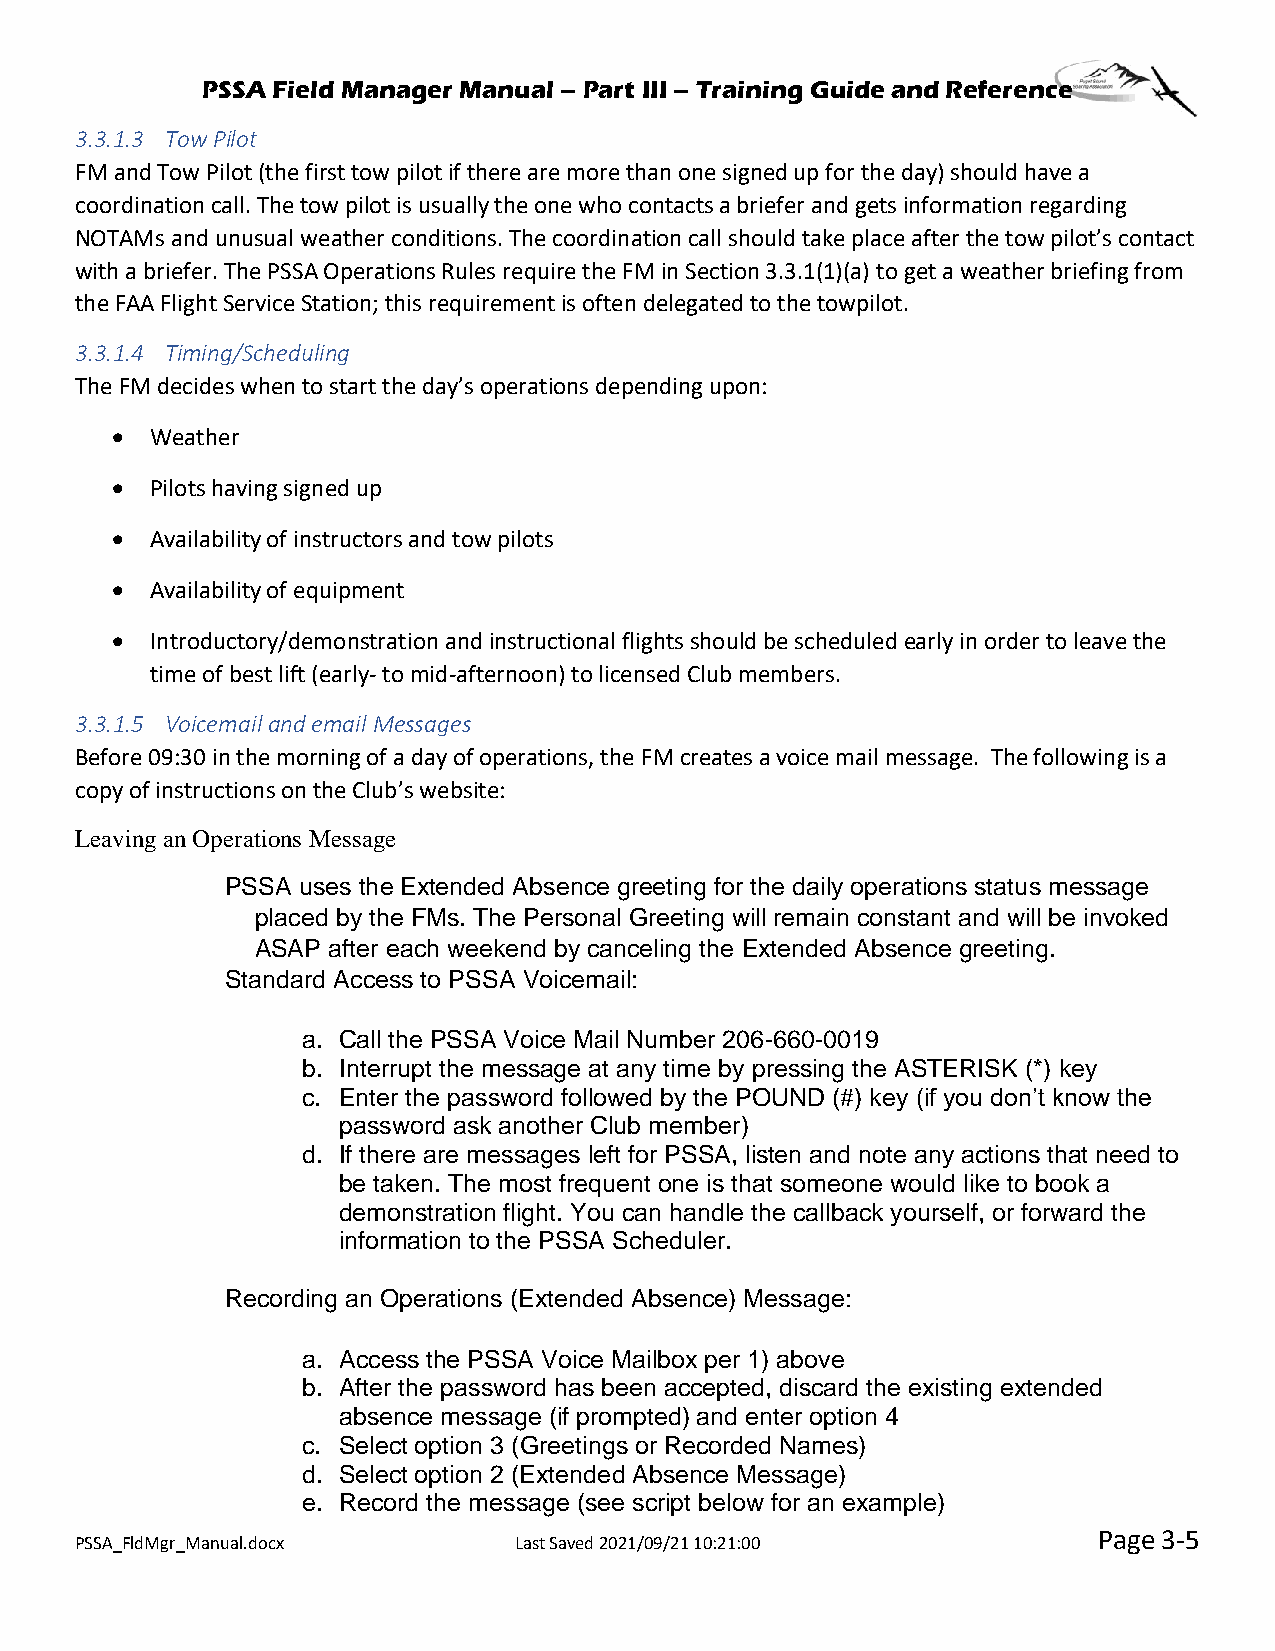
PSSA Field Manager Manual – Part III – Training Guide and Reference
 3.3.1.3 Tow Pilot
 FM and Tow Pilot (the first tow pilot if there are more than one signed up for the day) should have a
 coordination call. The tow pilot is usually the one who contacts a briefer and gets information regarding
 NOTAMs and unusual weather conditions. The coordination call should take place after the tow pilot’s contact
 with a briefer. The PSSA Operations Rules require the FM in Section 3.3.1(1)(a) to get a weather briefing from
 the FAA Flight Service Station; this requirement is often delegated to the towpilot.
 3.3.1.4 Timing/Scheduling
 The FM decides when to start the day’s operations depending upon:
 •  Weather
 •  Pilots having signed up
 •  Availability of instructors and tow pilots
 •  Availability of equipment
 •  Introductory/demonstration and instructional flights should be scheduled early in order to leave the
 time of best lift (early- to mid-afternoon) to licensed Club members.
 3.3.1.5 Voicemail and email Messages
 Before 09:30 in the morning of a day of operations, the FM creates a voice mail message. The following is a
 copy of instructions on the Club’s website:
 Leaving an Operations Message
 PSSA uses the Extended Absence greeting for the daily operations status message
 placed by the FMs. The Personal Greeting will remain constant and will be invoked
 ASAP after each weekend by canceling the Extended Absence greeting.
 Standard Access to PSSA Voicemail:
 a. Call the PSSA Voice Mail Number 206-660-0019
 b. Interrupt the message at any time by pressing the ASTERISK (*) key
 c. Enter the password followed by the POUND (#) key (if you don’t know the
 password ask another Club member)
 d. If there are messages left for PSSA, listen and note any actions that need to
 be taken. The most frequent one is that someone would like to book a
 demonstration flight. You can handle the callback yourself, or forward the
 information to the PSSA Scheduler.
 Recording an Operations (Extended Absence) Message:
 a. Access the PSSA Voice Mailbox per 1) above
 b. After the password has been accepted, discard the existing extended
 absence message (if prompted) and enter option 4
 c. Select option 3 (Greetings or Recorded Names)
 d. Select option 2 (Extended Absence Message)
 e. Record the message (see script below for an example)
 Page 3-5
 PSSA_FldMgr_Manual.docx      Last Saved 2021/09/21 10:21:00